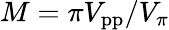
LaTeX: M=\pi V_{\mathrm{pp}}/V_{\pi}